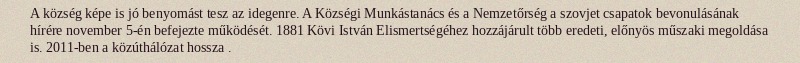
A község képe is jó benyomást tesz az idegenre. A Községi Munkástanács és a Nemzetőrség a szovjet csapatok bevonulásának hírére november 5-én befejezte működését. 1881 Kövi István Elismertségéhez hozzájárult több eredeti, előnyös műszaki megoldása is. 2011-ben a közúthálózat hossza .